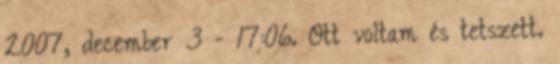
2007, december 3 - 17:06. Ott voltam és tetszett.